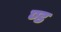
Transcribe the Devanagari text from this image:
ण्ड